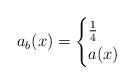
LaTeX: \begin{align*}a_b(x)=\begin{cases}\frac{1}{4} &\\a(x) &\end{cases} \end{align*}